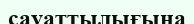
сауаттылығына